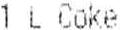
1 L COKE